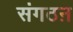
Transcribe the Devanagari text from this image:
संगठऩ